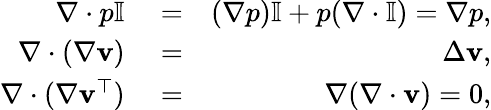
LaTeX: \begin{array}{rlr}{\nabla\cdot p\mathbb{I}}&{{}=}&{(\nabla p)\mathbb{I}+p(\nabla\cdot\mathbb{I})=\nabla p,}\\ {\nabla\cdot(\nabla\mathbf{v})}&{{}=}&{\Delta\mathbf{v},}\\ {\nabla\cdot(\nabla\mathbf{v}^{\top})}&{{}=}&{\nabla(\nabla\cdot\mathbf{v})=0,}\end{array}